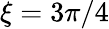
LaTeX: \xi=3\pi/4